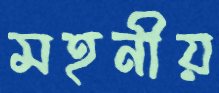
মহনীয়